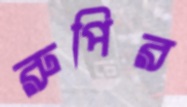
রুপির